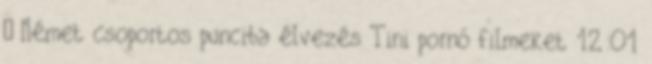
▪ Német csoportos punciba élvezés Tini pornó filmeket 12:01